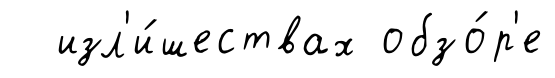
изл'и́шествах обзо́р'е